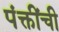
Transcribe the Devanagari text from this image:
पंक्तींची